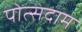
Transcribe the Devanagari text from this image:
पोत्सदाम